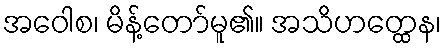
အဝေါစ၊ မိန့်တော်မူ၏။ အသိဟတ္ထေန၊